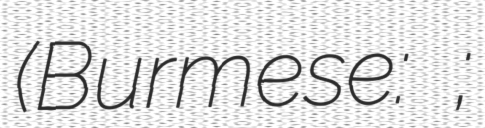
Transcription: (Burmese: ဗြတ်ထဗ;